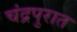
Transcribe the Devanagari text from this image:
चंद्रपुरात